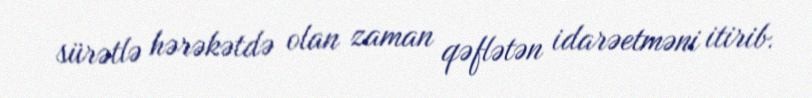
sürətlə hərəkətdə olan zaman qəflətən idarəetməni itirib.